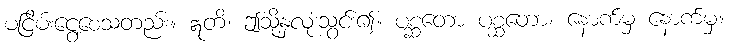
မငြိမ်းငွေ့စေသတည်း။ ဣတိ၊ ဤသို့နှလုံးသွင်း၍။ ပစ္ဆတော ပစ္ဆတော၊ နောက်မှ နောက်မှ။